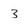
Character: 3